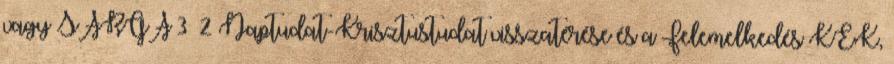
vagy SÁRGA 3 2 Naptudat-Krisztustudat visszatérése és a Felemelkedés KÉK,